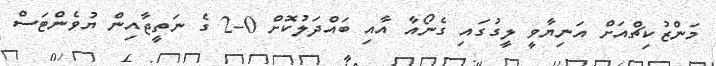
މަންޒުކިޗްއަށް އަނިޔާވީ ލީގުގައި ގެނޯއާ އާއި ބައްދަލުކޮށް 0-2 ގެ ނަތީޖާއިން ޔުވެންޓަސް